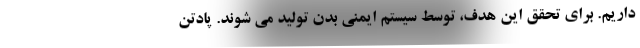
داریم. برای تحقق این هدف، توسط سیستم ایمنی بدن تولید می شوند. پادتن